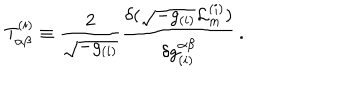
LaTeX: T _ { \alpha \beta } ^ { ( i ) } \equiv \frac { 2 } { \sqrt { - g _ { ( i ) } } } \frac { \delta ( \sqrt { - g _ { ( i ) } } { \cal L } _ { m } ^ { ( i ) } ) } { \delta g _ { ( i ) } ^ { \alpha \beta } } \, .